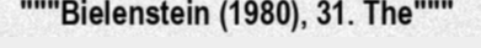
"""Bielenstein (1980), 31. The"""